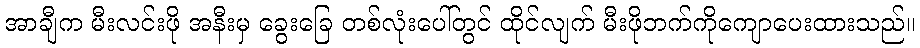
အာချီက မီးလင်းဖို အနီးမှ ခွေးခြေ တစ်လုံးပေါ်တွင် ထိုင်လျက် မီးဖိုဘက်ကိုကျောပေးထားသည်။